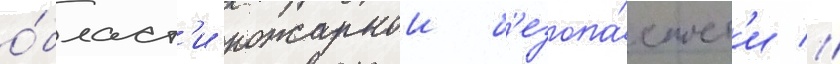
о́бласт'и пожарнои б'езопа́сност'и //